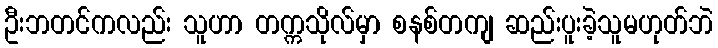
ဦးဘတင်ကလည်း သူဟာ တက္ကသိုလ်မှာ စနစ်တကျ ဆည်းပူးခဲ့သူမဟုတ်ဘဲ